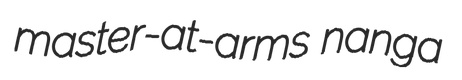
master-at-arms nanga